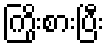
ကြိုးစားပြီး